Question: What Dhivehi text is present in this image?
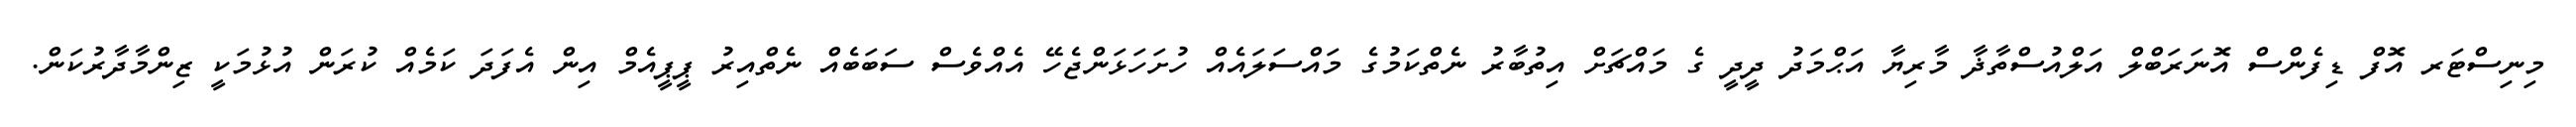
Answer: މިނިސްޓަރ އޮފް ޑިފެންސް އޮނަރަބްލް އަލްއުސްތާޛާ މާރިޔާ އަޙްމަދު ދީދީ ގެ މައްޗަށް އިތުބާރު ނެތްކަމުގެ މައްސަލައެއް ހުށަހަޅަންޖެހޭ އެއްވެސް ސަބަބެއް ނެތްއިރު ޕީޕީއެމް އިން އެފަދަ ކަމެއް ކުރަން އުޅުމަކީ ޒިންމާދާރުކަން.